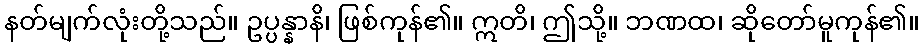
နတ်မျက်လုံးတို့သည်။ ဥပ္ပန္နာနိ၊ ဖြစ်ကုန်၏။ ဣတိ၊ ဤသို့။ ဘဏထ၊ ဆိုတော်မူကုန်၏။